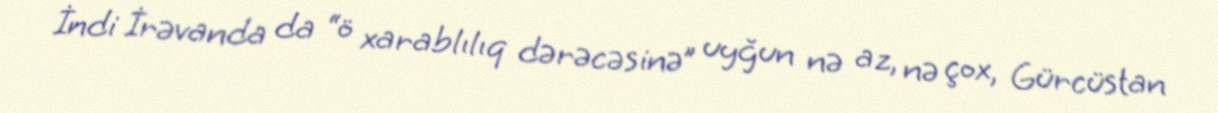
İndi İrəvanda da “ö xarablılıq dərəcəsinə” uyğun nə az, nə çox, Gürcüstan